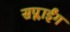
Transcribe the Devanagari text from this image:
सप्लाईंग